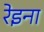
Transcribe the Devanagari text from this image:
रेइना